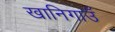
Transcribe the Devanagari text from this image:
खानिगाउँ